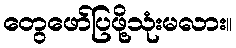
တွေဖော်ပြဖို့သုံးမလား။